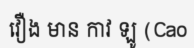
វឿង មាន កាវ ឡូ (Cao